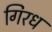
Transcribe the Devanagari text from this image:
गिरध